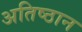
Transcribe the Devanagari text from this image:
अतिष्ठान